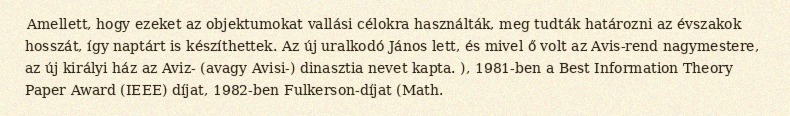
Amellett, hogy ezeket az objektumokat vallási célokra használták, meg tudták határozni az évszakok hosszát, így naptárt is készíthettek. Az új uralkodó János lett, és mivel ő volt az Avis-rend nagymestere, az új királyi ház az Aviz- (avagy Avisi-) dinasztia nevet kapta. ), 1981-ben a Best Information Theory Paper Award (IEEE) díjat, 1982-ben Fulkerson-díjat (Math.